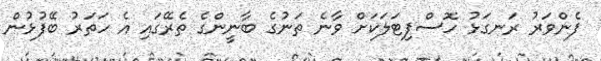
ފެންވަރު ރަނގަޅު ހޮސްޕިޓަލަކަށް ވާނެ ތަނުގެ ބާނީންގެ ތެރޭގައި އެ ހަތަރު ބޭފުޅުން